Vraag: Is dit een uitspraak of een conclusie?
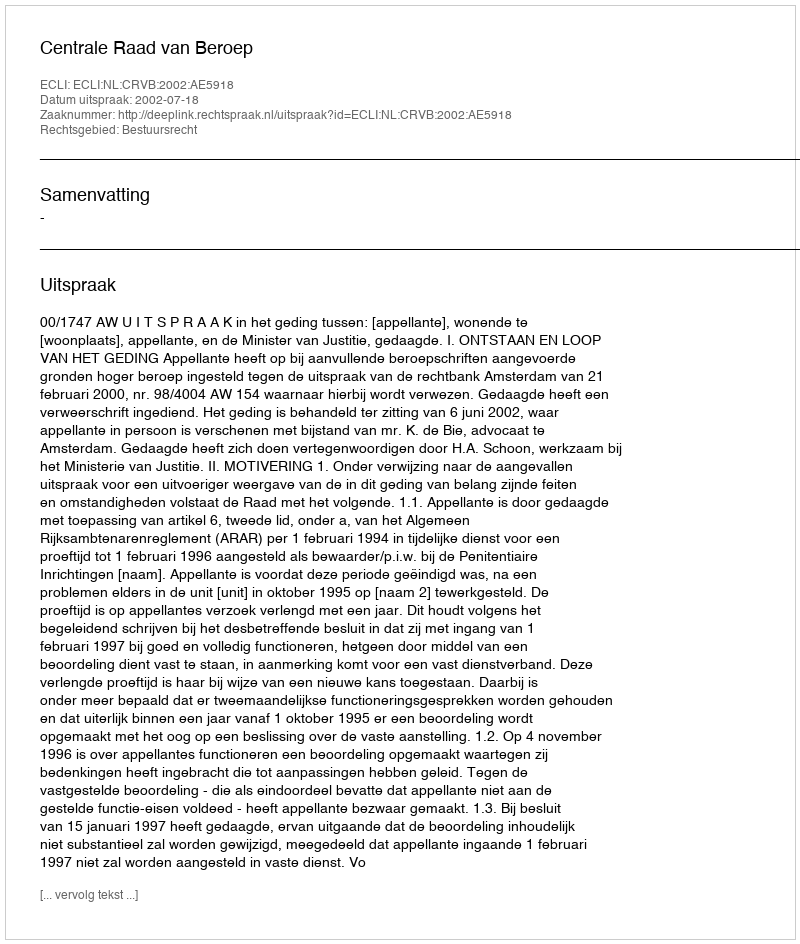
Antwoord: Uitspraak